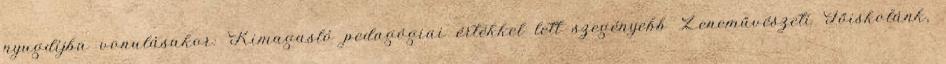
nyugdíjba vonulásakor: Kimagasló pedagógiai értékkel lett szegényebb Zeneművészeti Főiskolánk,